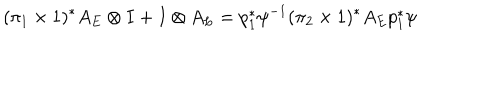
( \pi _ { 1 } \times 1 ) ^ { * } A _ { E } \otimes I + I \otimes A _ { L } = p _ { 1 } ^ { * } \psi ^ { - 1 } ( \pi _ { 2 } \times 1 ) ^ { * } A _ { E } p _ { 1 } ^ { * } \psi